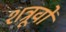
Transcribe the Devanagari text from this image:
शत्रूवों